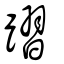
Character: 𨄌